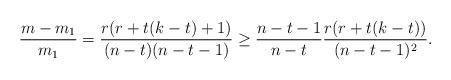
LaTeX: \begin{align*} \frac{m - m_1}{m_1} = \frac{r(r + t(k-t) + 1)}{(n-t)(n-t-1)} \geq \frac{n-t-1}{n-t} \frac{r(r + t(k-t))}{(n-t-1)^2}.\end{align*}